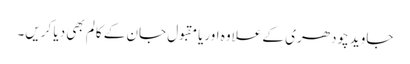
جاوید چودھری کے علاوہ اوریامقبول جان کے کالم بھی دیا کریں۔